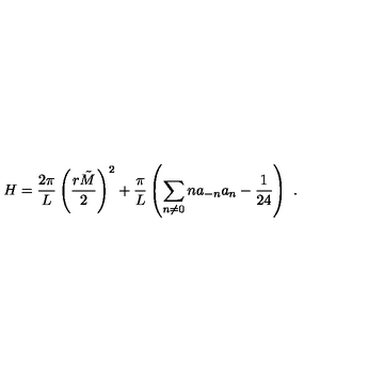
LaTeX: H = \frac { 2 \pi } { L } \left( \frac { r \tilde { M } } { 2 } \right) ^ { 2 } + \frac { \pi } { L } \left( \sum _ { n \neq 0 } n a _ { - n } a _ { n } - \frac { 1 } { 2 4 } \right) \ .